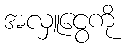
အလှူငွေကို